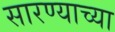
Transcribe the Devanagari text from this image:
सारण्याच्या